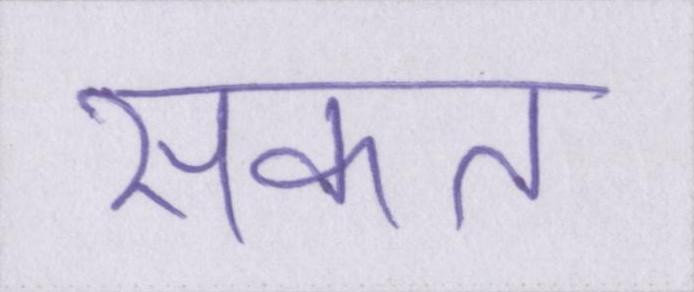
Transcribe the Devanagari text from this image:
सकत